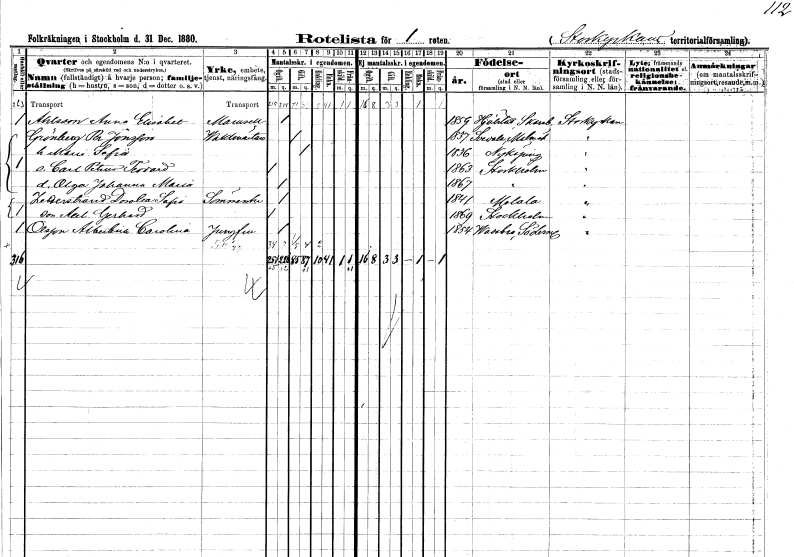
gt_parse: households: individuals: FN: Anna Elisabet
EN: Ahlsson
KON: K
CIV: O
FODAR: 1859
FODFORS: Hjälstad Skaraborgs län
FN: Per
EN: Grönberg Jönsson
YRKE: Vaktmästare
KON: M
CIV: G
FODAR: 1837
FODFORS: Svedala Malmöhus län
FN: Maria Sofia
KON: K
CIV: G
FODAR: 1836
FODFORS: Nyköping Södermanlands län
FN: Carl Petter Teodor
KON: M
CIV: O
FODAR: 1863
FODFORS: Stockholm
FN: Olga Johanna Maria
KON: K
CIV: O
FODAR: 1867
FODFORS: Stockholm
FN: Dotothea Sofia
EN: Zetterström
YRKE: Sömmerska
KON: K
CIV: O
FODAR: 1841
FODFORS: Motala Östergötlands län
FN: Axel Gerhard
KON: M
CIV: O
FODAR: 1869
FODFORS: Stockholm
FN: Albertina Carolina
EN: Olsson
YRKE: Jungfru
KON: K
CIV: O
FODAR: 1854
FODFORS: Vadsbro Södermanlands län